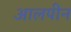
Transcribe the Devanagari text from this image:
आलपीन